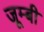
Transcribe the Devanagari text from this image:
जूम्बी